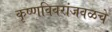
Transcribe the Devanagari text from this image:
कृष्णविवरांजवळचे